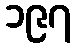
၁၉၇